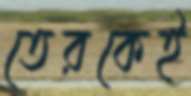
তেরকেই